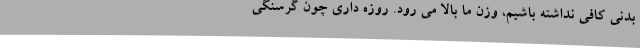
بدنی کافی نداشته باشیم، وزن ما بالا می رود. روزه داری چون گرسنگی